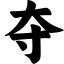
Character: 夺